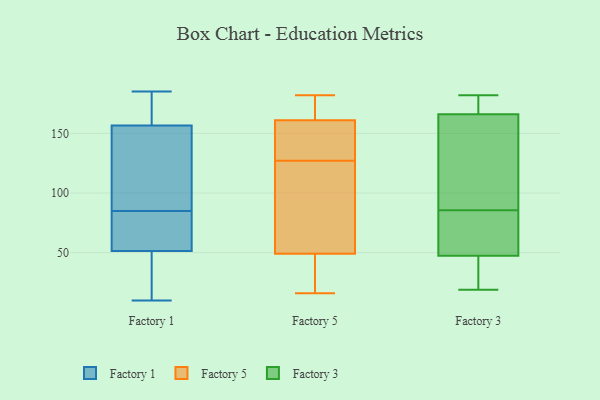
{"axis": {"x": "Market Share (%)", "y": "Value"}, "legend": ["Factory 1", "Factory 3", "Factory 5"], "data": [{"x": "", "y": 18, "type": "Factory 1"}, {"x": "", "y": 89, "type": "Factory 1"}, {"x": "", "y": 121, "type": "Factory 1"}, {"x": "", "y": 164, "type": "Factory 1"}, {"x": "", "y": 185, "type": "Factory 1"}, {"x": "", "y": 71, "type": "Factory 1"}, {"x": "", "y": 59, "type": "Factory 1"}, {"x": "", "y": 160, "type": "Factory 1"}, {"x": "", "y": 85, "type": "Factory 1"}, {"x": "", "y": 49, "type": "Factory 1"}, {"x": "", "y": 150, "type": "Factory 1"}, {"x": "", "y": 11, "type": "Factory 1"}, {"x": "", "y": 155, "type": "Factory 1"}, {"x": "", "y": 179, "type": "Factory 1"}, {"x": "", "y": 157, "type": "Factory 1"}, {"x": "", "y": 14, "type": "Factory 1"}, {"x": "", "y": 80, "type": "Factory 1"}, {"x": "", "y": 10, "type": "Factory 1"}, {"x": "", "y": 74, "type": "Factory 1"}, {"x": "", "y": 161, "type": "Factory 5"}, {"x": "", "y": 161, "type": "Factory 5"}, {"x": "", "y": 182, "type": "Factory 5"}, {"x": "", "y": 16, "type": "Factory 5"}, {"x": "", "y": 46, "type": "Factory 5"}, {"x": "", "y": 69, "type": "Factory 5"}, {"x": "", "y": 116, "type": "Factory 5"}, {"x": "", "y": 138, "type": "Factory 5"}, {"x": "", "y": 49, "type": "Factory 5"}, {"x": "", "y": 175, "type": "Factory 5"}, {"x": "", "y": 155, "type": "Factory 3"}, {"x": "", "y": 66, "type": "Factory 3"}, {"x": "", "y": 164, "type": "Factory 3"}, {"x": "", "y": 66, "type": "Factory 3"}, {"x": "", "y": 168, "type": "Factory 3"}, {"x": "", "y": 43, "type": "Factory 3"}, {"x": "", "y": 182, "type": "Factory 3"}, {"x": "", "y": 105, "type": "Factory 3"}, {"x": "", "y": 26, "type": "Factory 3"}, {"x": "", "y": 29, "type": "Factory 3"}, {"x": "", "y": 52, "type": "Factory 3"}, {"x": "", "y": 19, "type": "Factory 3"}, {"x": "", "y": 175, "type": "Factory 3"}, {"x": "", "y": 164, "type": "Factory 3"}, {"x": "", "y": 172, "type": "Factory 3"}, {"x": "", "y": 65, "type": "Factory 3"}]}